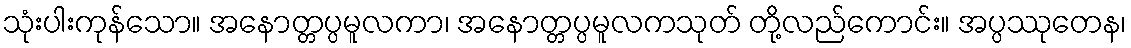
သုံးပါးကုန်သော။ အနောတ္တပ္ပမူလကာ၊ အနောတ္တပ္ပမူလကသုတ် တို့လည်ကောင်း။ အပ္ပဿုတေန၊